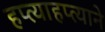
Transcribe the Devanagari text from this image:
हप्त्याहप्त्याने